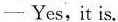
-Yes,it is.